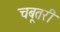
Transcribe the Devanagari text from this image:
चबूतरी